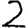
Digit: 2